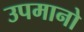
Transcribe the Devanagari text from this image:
उपमानो